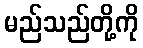
မည်သည်တို့ကို